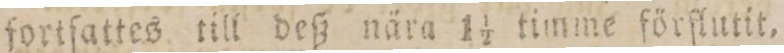
fortſattes till deß nära 1 1/2 timme förſlutit,